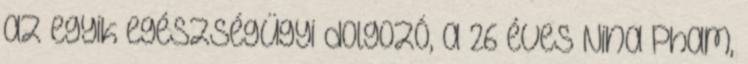
az egyik egészségügyi dolgozó, a 26 éves Nina Pham,